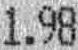
1.98